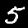
Digit: 5